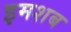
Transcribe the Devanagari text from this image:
इमशब